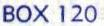
BOX 120